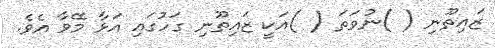
ޒައިތޫނި ( )ނުވަތަ ( )އަކީ ޒައިތޫނި ގަހުގައި އަޅާ މޭވާ އެވެ.